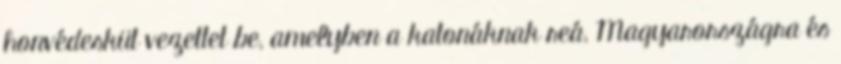
honvédesküt vezettet be, amelyben a katonáknak reá, Magyarországra és